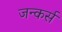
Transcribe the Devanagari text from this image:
जन्कर्स